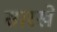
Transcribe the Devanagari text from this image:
सारखें